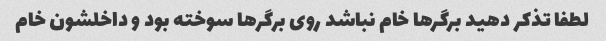
لطفا تذکر دهید برگر‌ها خام نباشد روی برگر‌ها سوخته بود و داخلشون خام